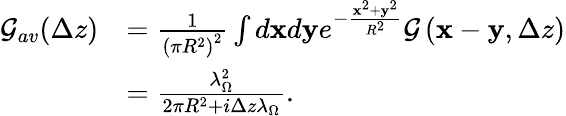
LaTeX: \begin{array}{rl}{\mathcal{G}_{av}(\Delta z)}&{=\frac{1}{\left(\pi R^{2}\right)^{2}}\int d\mathbf{x}d\mathbf{y}e^{-\frac{\mathbf{x}^{2}+\mathbf{y}^{2}}{R^{2}}}\mathcal{G}\left(\mathbf{x}-\mathbf{y},\Delta z\right)}\\ &{=\frac{\lambda_{\Omega}^{2}}{2\pi R^{2}+i\Delta z\lambda_{\Omega}}.}\end{array}